Vaccination in Burma 1912-1922 - 1912-1922
Year: 1912
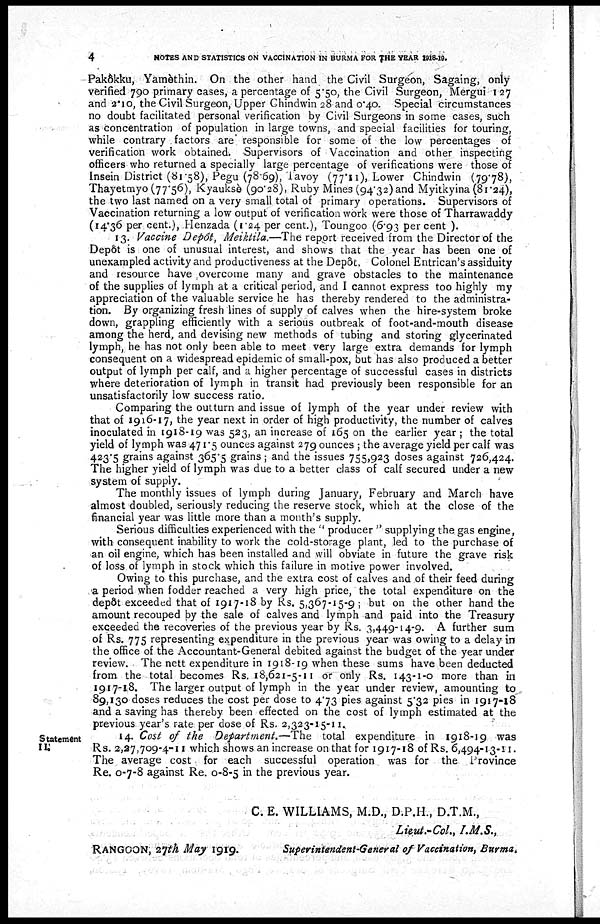
4
NOTES AND STATISTICS ON VACCINATION IN BURMA FOR THE YEAR 1918-19.
Pakôkku, Yamèthin. On the other hand the Civil Surgeon, Sagaing, only
verified 790 primary cases, a percentage of 5.50, the Civil Surgeon, Mergui 127
and 2.10, the Civil Surgeon, Upper Chindwin 28 and 0.40. Special circumstances
no doubt facilitated personal verification by Civil Surgeons in some cases, such
as concentration of population in large towns, and special facilities for touring,
while contrary factors are' responsible for some of the low percentages of
verification work obtained. Supervisors of Vaccination and other inspecting
officers who returned a specially large percentage of verifications were those of
Insein District (81.58), Pegu (78.69), Tavoy (77.11), Lower Chindwin (79.78),
Thayetmyo (77.56), Kyauksè (90.28), Ruby Mines (94.32) and Myitkyina (81.24),
the two last named on a very small total of primary operations. Supervisors of
Vaccination returning a low output of verification work were those of Tharrawaddy
(14.36 per cent.), Henzada (1.24 per cent.), Toungoo (6.93 per cent ).
13. Vaccine Depôt, Meiktila.—The report received from the Director of the
Depôt is one of unusual interest, and shows that the year has been one of
unexampled activity and productiveness at the Depôt, Colonel Entrican's assiduity
and resource have overcome many and grave obstacles to the maintenance
of the supplies of lymph at a critical period, and I cannot express too highly my
appreciation of the valuable service he has thereby rendered to the administra-
tion. By organizing fresh lines of supply of calves when the hire-system broke
down, grappling efficiently with a serious outbreak of foot-and-mouth disease
among the herd, and devising new methods of tubing and storing glycerinated
lymph, he has not only been able to meet very large extra demands for lymph
consequent on a widespread epidemic of small-pox, but has also produced a better
output of lymph per calf, and a higher percentage of successful cases in districts
where deterioration of lymph in transit had previously been responsible for an
unsatisfactorily low success ratio.
Comparing the outturn and issue of lymph of the year under review with
that of 1916-17, the year next in order of high productivity, the number of calves
inoculated in 1918-19 was 523, an increase of 165 on the earlier year ; the total
yield of lymph was 471.5 ounces against 279 ounces ; the average yield per calf was
423.5 grains against 365.5 grains ; and the issues 755,923 doses against 726,424.
The higher yield of lymph was due to a better class of calf secured under a new
system of supply.
The monthly issues of lymph during January, February and March have
almost doubled, seriously reducing the reserve stock, which at the close of the
financial year was little more than a month's supply.
Serious difficulties experienced with the '' producer " supplying the. gas engine,
with consequent inability to work the cold-storage plant, led to the purchase of
an oil engine, which has been installed and will obviate in future the grave risk
of loss of lymph in stock which this failure in motive power involved.
Owing to this purchase, and the extra cost of calves and of their feed during
a period when fodder reached a very high price, the total expenditure on the
depôt exceeded that of 1917-18 by Rs. 5,367-15-9; but on the other hand the
amount recouped by the sale of calves and lymph and paid into the Treasury
exceeded the recoveries of the previous year by Rs. 3,449-14-9. A further sum
of Rs. 775 representing expenditure in the previous year was owing to a delay in
the office of the Accountant-General debited against the budget of the year under
review. The nett expenditure in 1918-19 when these sums have been deducted
from the total becomes Rs. 18,621-5-11 or only Rs. 143-1-0 more than in
1917-18. The larger output of lymph in the year under review, amounting to
89,130 doses reduces the cost per dose to 4.73 pies against 5.32 pies in 1917-18
and a saving has thereby been effected on the cost of lymph estimated at the
previous year's rate per dose of Rs. 2,323-15-11.
Statement
II.
14. Cost of the Department.— The total expenditure in 1918-19 was
Rs. 2,27,709-4-11 which shows an increase on that for 1917-18 of Rs. 6,494-13-11.
The average cost for each successful operation was for the Province
Re. 0-7-8 against Re. 0-8-5 in the previous year.
RANGOON, 27th May 1919.
C. E. WILLIAMS, M.D., D.P.H., D.T.M.,
Lieut.-Col., I.M.S.,
Superintendent-General of Vaccination, Burma.